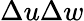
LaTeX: \Delta u\Delta w